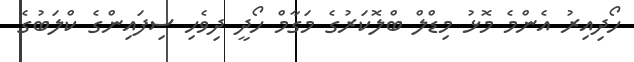
ހޯދިއިރު އެންމެ މޮޅު މިޑްލް ބްލޮކަރުގެ މަގާމް ހޯދީ ދިވެހި ސިފައިންގެ ކްލަބުގެ